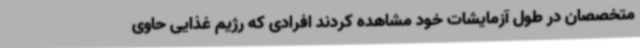
متخصصان در طول آزمایشات خود مشاهده کردند افرادی که رژیم غذایی حاوی